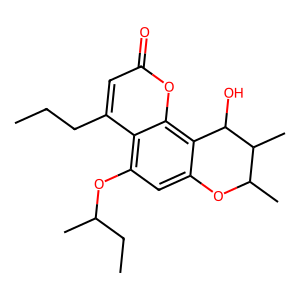
SMILES: CCCc1cc(=O)oc2c3c(cc(OC(C)CC)c12)OC(C)C(C)C3O
Inhibits HIV replication: Yes